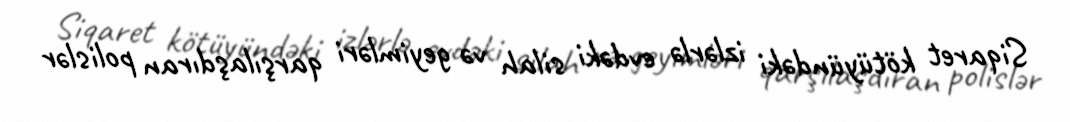
Siqaret kötüyündəki izlərlə evdəki silah və geyimləri qarşılaşdıran polislər